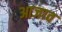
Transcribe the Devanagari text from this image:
आजाव